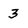
Character: 3